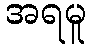
အရမူ